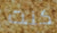
كنت